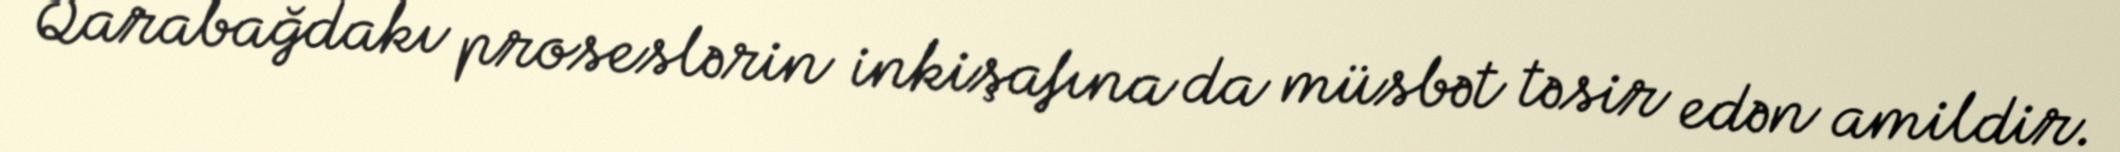
Qarabağdakı proseslərin inkişafına da müsbət təsir edən amildir.